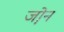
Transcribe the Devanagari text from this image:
जो़न